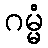
ဂမ္မံ